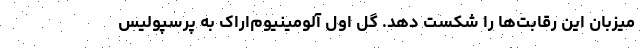
میزبان این رقابت‌ها را شکست دهد. گل اول آلومینیوم‌اراک به پرسپولیس